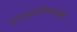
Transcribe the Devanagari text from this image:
शंखपुष्पीलतामूलं